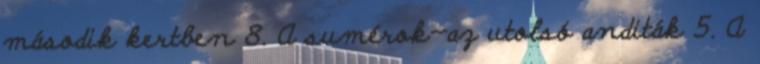
második kertben 8. A sumérok—az utolsó anditák 5. A